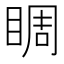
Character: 睭